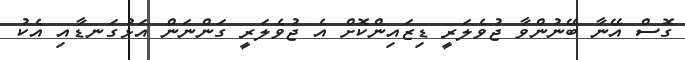
ގޮސް އޭނާ ބޭނުންވާ ޖުވެލަރީ ޑިޒައިންކޮށް އެ ޖުވެލަރީ ގަންނަން އަޅުގަނޑާއި އެކު